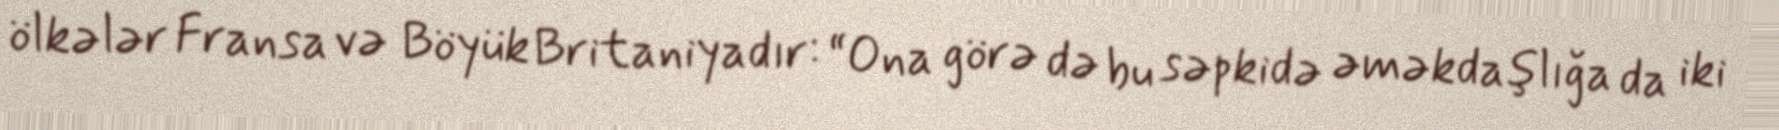
ölkələr Fransa və Böyük Britaniyadır: “Ona görə də bu səpkidə əməkdaşlığa da iki